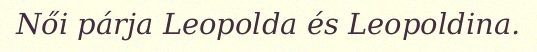
Női párja Leopolda és Leopoldina.